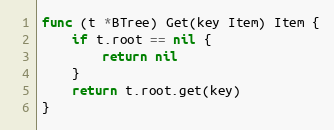
Language: Go
func (t *BTree) Get(key Item) Item {
	if t.root == nil {
		return nil
	}
	return t.root.get(key)
}